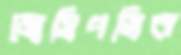
জোসিপভিক